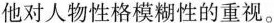
他对人物性格模糊性的重视。